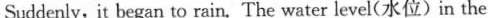
Suddenly, it began to rain.The water level(水位)in the